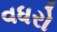
વધરો